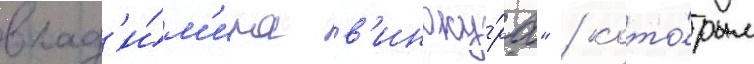
влад'и́м'ира в'иноку́ра" / кото́рым